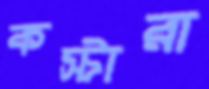
কস্টারা